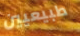
طبيعيين